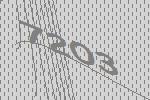
7203